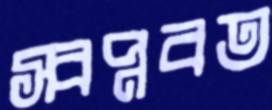
স্বপ্নবত